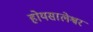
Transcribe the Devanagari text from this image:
होयसालेश्वर